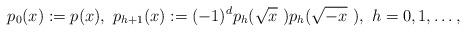
LaTeX: \begin{align*} p_0(x):=p(x),~p_{h+1}(x):=(-1)^ dp_h(\sqrt x~)p_h(\sqrt{-x}~),~h=0,1,\dots,\end{align*}